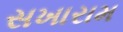
સખારામ